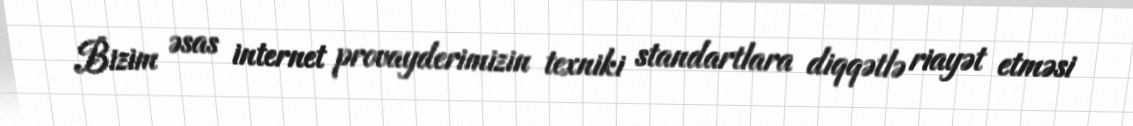
Bizim əsas internet provayderimizin texniki standartlara diqqətlə riayət etməsi